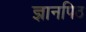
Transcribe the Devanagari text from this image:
ज्ञानपिठ